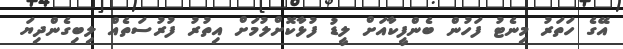
އޭގެ ހަތަރު މިނެޓު ފަހުން ބެންފީކާއަށް ލީޑު ފުޅާކޮށްލުމަށް އިތުރު ފުރުސަތެއް ލިބިގެންދިޔަ